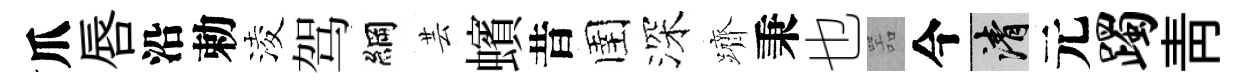
爪唇沿勅淩驾綱芸蠙昔圉深躋秉也噐今清元躅靑